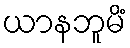
ယာနဘူမိံ